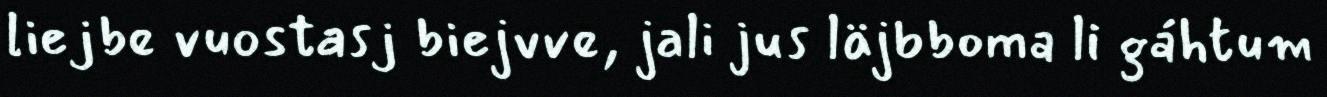
liejbe vuostasj biejvve, jali jus läjbboma li gáhtum